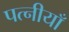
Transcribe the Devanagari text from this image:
पत्नीयाँ